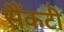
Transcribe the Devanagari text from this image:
सैंकटी